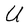
Character: U